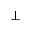
\perp